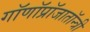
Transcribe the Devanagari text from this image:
गॉणॉप्रॉजातॉन्त्री